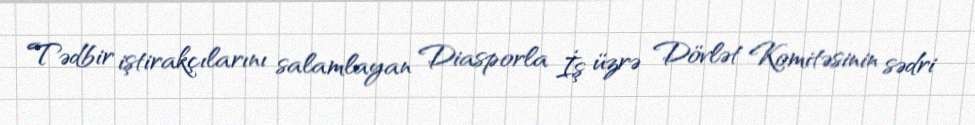
Tədbir iştirakçılarını salamlayan Diasporla İş üzrə Dövlət Komitəsinin sədri